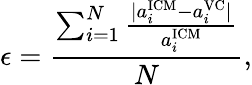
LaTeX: \epsilon=\frac{\sum_{i=1}^{N}\frac{\lvert a_{i}^{\mathrm{ICM}}-a_{i}^{\mathrm{VC}}\rvert}{a_{i}^{\mathrm{ICM}}}}{N},